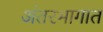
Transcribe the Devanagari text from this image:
अंतरभागात